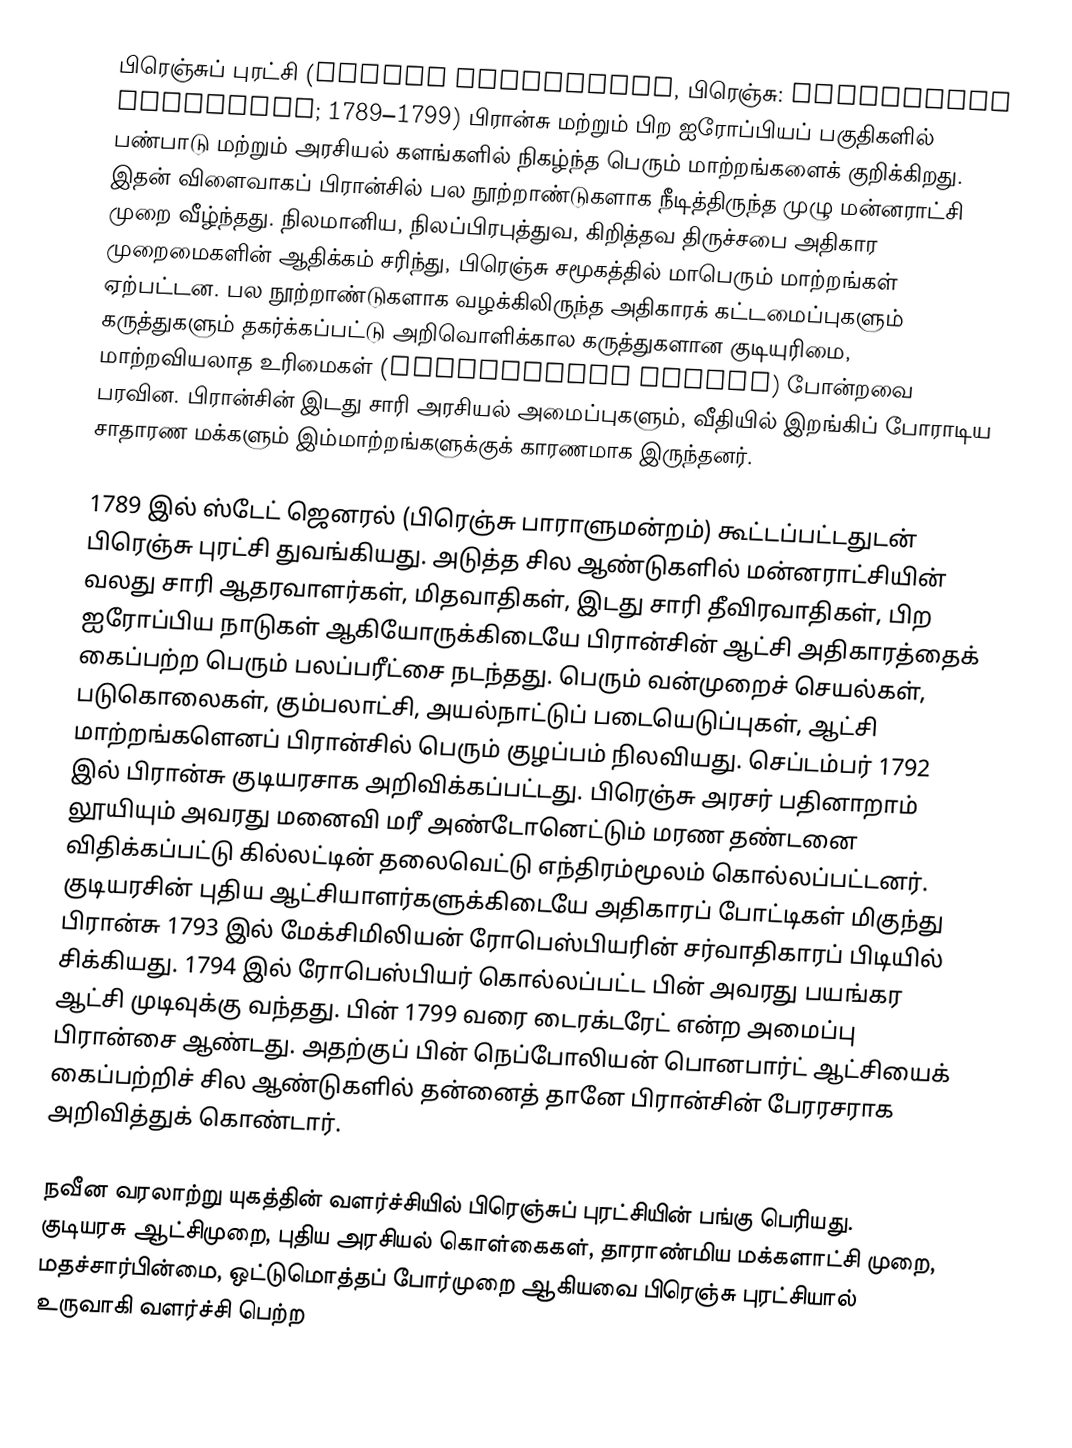
பிரெஞ்சுப் புரட்சி (French Revolution, பிரெஞ்சு: Révolution française; 1789–1799) பிரான்சு மற்றும் பிற ஐரோப்பியப் பகுதிகளில் பண்பாடு மற்றும் அரசியல் களங்களில் நிகழ்ந்த பெரும் மாற்றங்களைக் குறிக்கிறது. இதன் விளைவாகப் பிரான்சில் பல நூற்றாண்டுகளாக நீடித்திருந்த முழு மன்னராட்சி முறை வீழ்ந்தது. நிலமானிய, நிலப்பிரபுத்துவ, கிறித்தவ திருச்சபை அதிகார முறைமைகளின் ஆதிக்கம் சரிந்து, பிரெஞ்சு சமூகத்தில் மாபெரும் மாற்றங்கள் ஏற்பட்டன. பல நூற்றாண்டுகளாக வழக்கிலிருந்த அதிகாரக் கட்டமைப்புகளும் கருத்துகளும் தகர்க்கப்பட்டு அறிவொளிக்கால கருத்துகளான குடியுரிமை, மாற்றவியலாத உரிமைகள் (inalienable rights) போன்றவை பரவின. பிரான்சின் இடது சாரி அரசியல் அமைப்புகளும், வீதியில் இறங்கிப் போராடிய சாதாரண மக்களும் இம்மாற்றங்களுக்குக் காரணமாக இருந்தனர்.

1789 இல் ஸ்டேட் ஜெனரல் (பிரெஞ்சு பாராளுமன்றம்) கூட்டப்பட்டதுடன் பிரெஞ்சு புரட்சி துவங்கியது. அடுத்த சில ஆண்டுகளில் மன்னராட்சியின் வலது சாரி ஆதரவாளர்கள், மிதவாதிகள், இடது சாரி தீவிரவாதிகள், பிற ஐரோப்பிய நாடுகள் ஆகியோருக்கிடையே பிரான்சின் ஆட்சி அதிகாரத்தைக் கைப்பற்ற பெரும் பலப்பரீட்சை நடந்தது. பெரும் வன்முறைச் செயல்கள், படுகொலைகள், கும்பலாட்சி, அயல்நாட்டுப் படையெடுப்புகள், ஆட்சி மாற்றங்களெனப் பிரான்சில் பெரும் குழப்பம் நிலவியது. செப்டம்பர் 1792 இல் பிரான்சு குடியரசாக அறிவிக்கப்பட்டது. பிரெஞ்சு அரசர் பதினாறாம் லூயியும் அவரது மனைவி மரீ அண்டோனெட்டும் மரண தண்டனை விதிக்கப்பட்டு கில்லட்டின் தலைவெட்டு எந்திரம்மூலம் கொல்லப்பட்டனர். குடியரசின் புதிய ஆட்சியாளர்களுக்கிடையே அதிகாரப் போட்டிகள் மிகுந்து பிரான்சு 1793 இல் மேக்சிமிலியன் ரோபெஸ்பியரின் சர்வாதிகாரப் பிடியில் சிக்கியது. 1794 இல் ரோபெஸ்பியர் கொல்லப்பட்ட பின் அவரது பயங்கர ஆட்சி முடிவுக்கு வந்தது. பின் 1799 வரை டைரக்டரேட் என்ற அமைப்பு பிரான்சை ஆண்டது. அதற்குப் பின் நெப்போலியன் பொனபார்ட் ஆட்சியைக் கைப்பற்றிச் சில ஆண்டுகளில் தன்னைத் தானே பிரான்சின் பேரரசராக அறிவித்துக் கொண்டார்.

நவீன வரலாற்று யுகத்தின் வளர்ச்சியில் பிரெஞ்சுப் புரட்சியின் பங்கு பெரியது. குடியரசு ஆட்சிமுறை, புதிய அரசியல் கொள்கைகள், தாராண்மிய மக்களாட்சி முறை, மதச்சார்பின்மை, ஒட்டுமொத்தப் போர்முறை ஆகியவை பிரெஞ்சு புரட்சியால் உருவாகி வளர்ச்சி பெற்ற